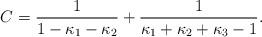
LaTeX: \begin{align*} C = \frac{1}{1-\kappa_1-\kappa_2} + \frac{1}{\kappa_1 +\kappa_2 +\kappa_3 -1}.\end{align*}